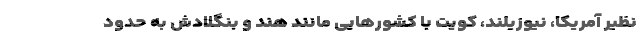
نظیر آمریکا، نیوزیلند، کویت با کشور‌هایی مانند هند و بنگلادش به حدود